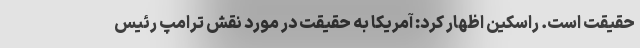
حقیقت است. راسکین اظهار کرد: آمریکا به حقیقت در مورد نقش ترامپ رئیس